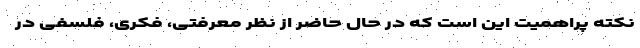
نکته پراهمیت این است که در حال حاضر از نظر معرفتی، فکری، فلسفی در